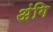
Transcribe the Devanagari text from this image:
अंगि